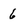
Character: 6